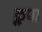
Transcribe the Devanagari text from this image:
क्रुपा